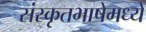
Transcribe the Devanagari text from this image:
संस्कृतभाषेमध्ये